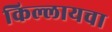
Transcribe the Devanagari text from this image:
किल्लायचा